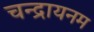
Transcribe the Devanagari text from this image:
चन्द्रायनम